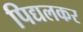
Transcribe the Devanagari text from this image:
पिद्यलकर